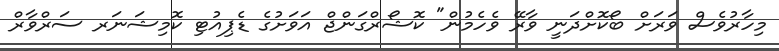
މިހާރުވެސް ވަރަށް ބޯކޮށްދަނީ ވާރޭ ވެހެމުން" ކޮޝޯރްގަންޖް އަވަށުގެ ޑެޕިއުޓި ކޮމިޝަނަރ ސަރްވާރް